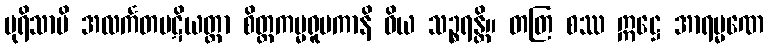
ပုရိသာပိ အလင်္ကတပဋိယတ္တာ စိတ္တကမ္မရူပကာနိ ဝိယ သဉ္စရန္တိ။ တတြ စဿ ဣဋ္ဌေ အာရမ္မဏေ